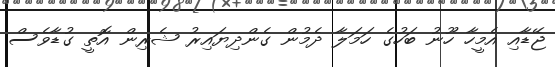
ޖޭޑާއި އެމީހާ ހޫނު ބަހުގެ ހަމަލާ ދެމުން ގެންދިޔައިރު ޝެރިން އޮތީ ގުޑާވެސް